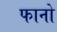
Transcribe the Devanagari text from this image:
फानो